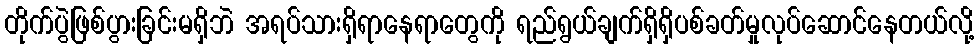
တိုက်ပွဲဖြစ်ပွားခြင်းမရှိဘဲ အရပ်သားရှိရာနေရာတွေကို ရည်ရွယ်ချက်ရှိရှိပစ်ခတ်မှုလုပ်ဆောင်နေတယ်လို့